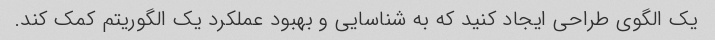
یک الگوی طراحی ایجاد کنید که به شناسایی و بهبود عملکرد یک الگوریتم کمک کند.